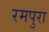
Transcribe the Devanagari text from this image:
रमपुरा